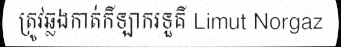
ត្រូវឆ្លងកាត់កីឡាករទួគី Limut Norgaz